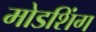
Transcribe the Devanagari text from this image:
मोडशिंग